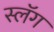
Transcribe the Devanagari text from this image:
स्लॅग